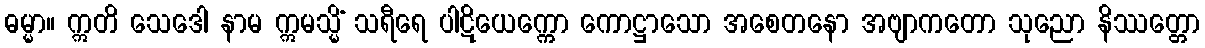
ဓမ္မာ။ ဣတိ သေဒေါ နာမ ဣမသ္မိံ သရီရေ ပါဋိယေက္ကော ကောဋ္ဌာသော အစေတနော အဗျာကတော သုညော နိဿတ္တော